341_110677_Numerical_File,_5-2500
Agency: Department of War
Incident date: 10/14/55
Incident location: Azerbaijan
Page 10
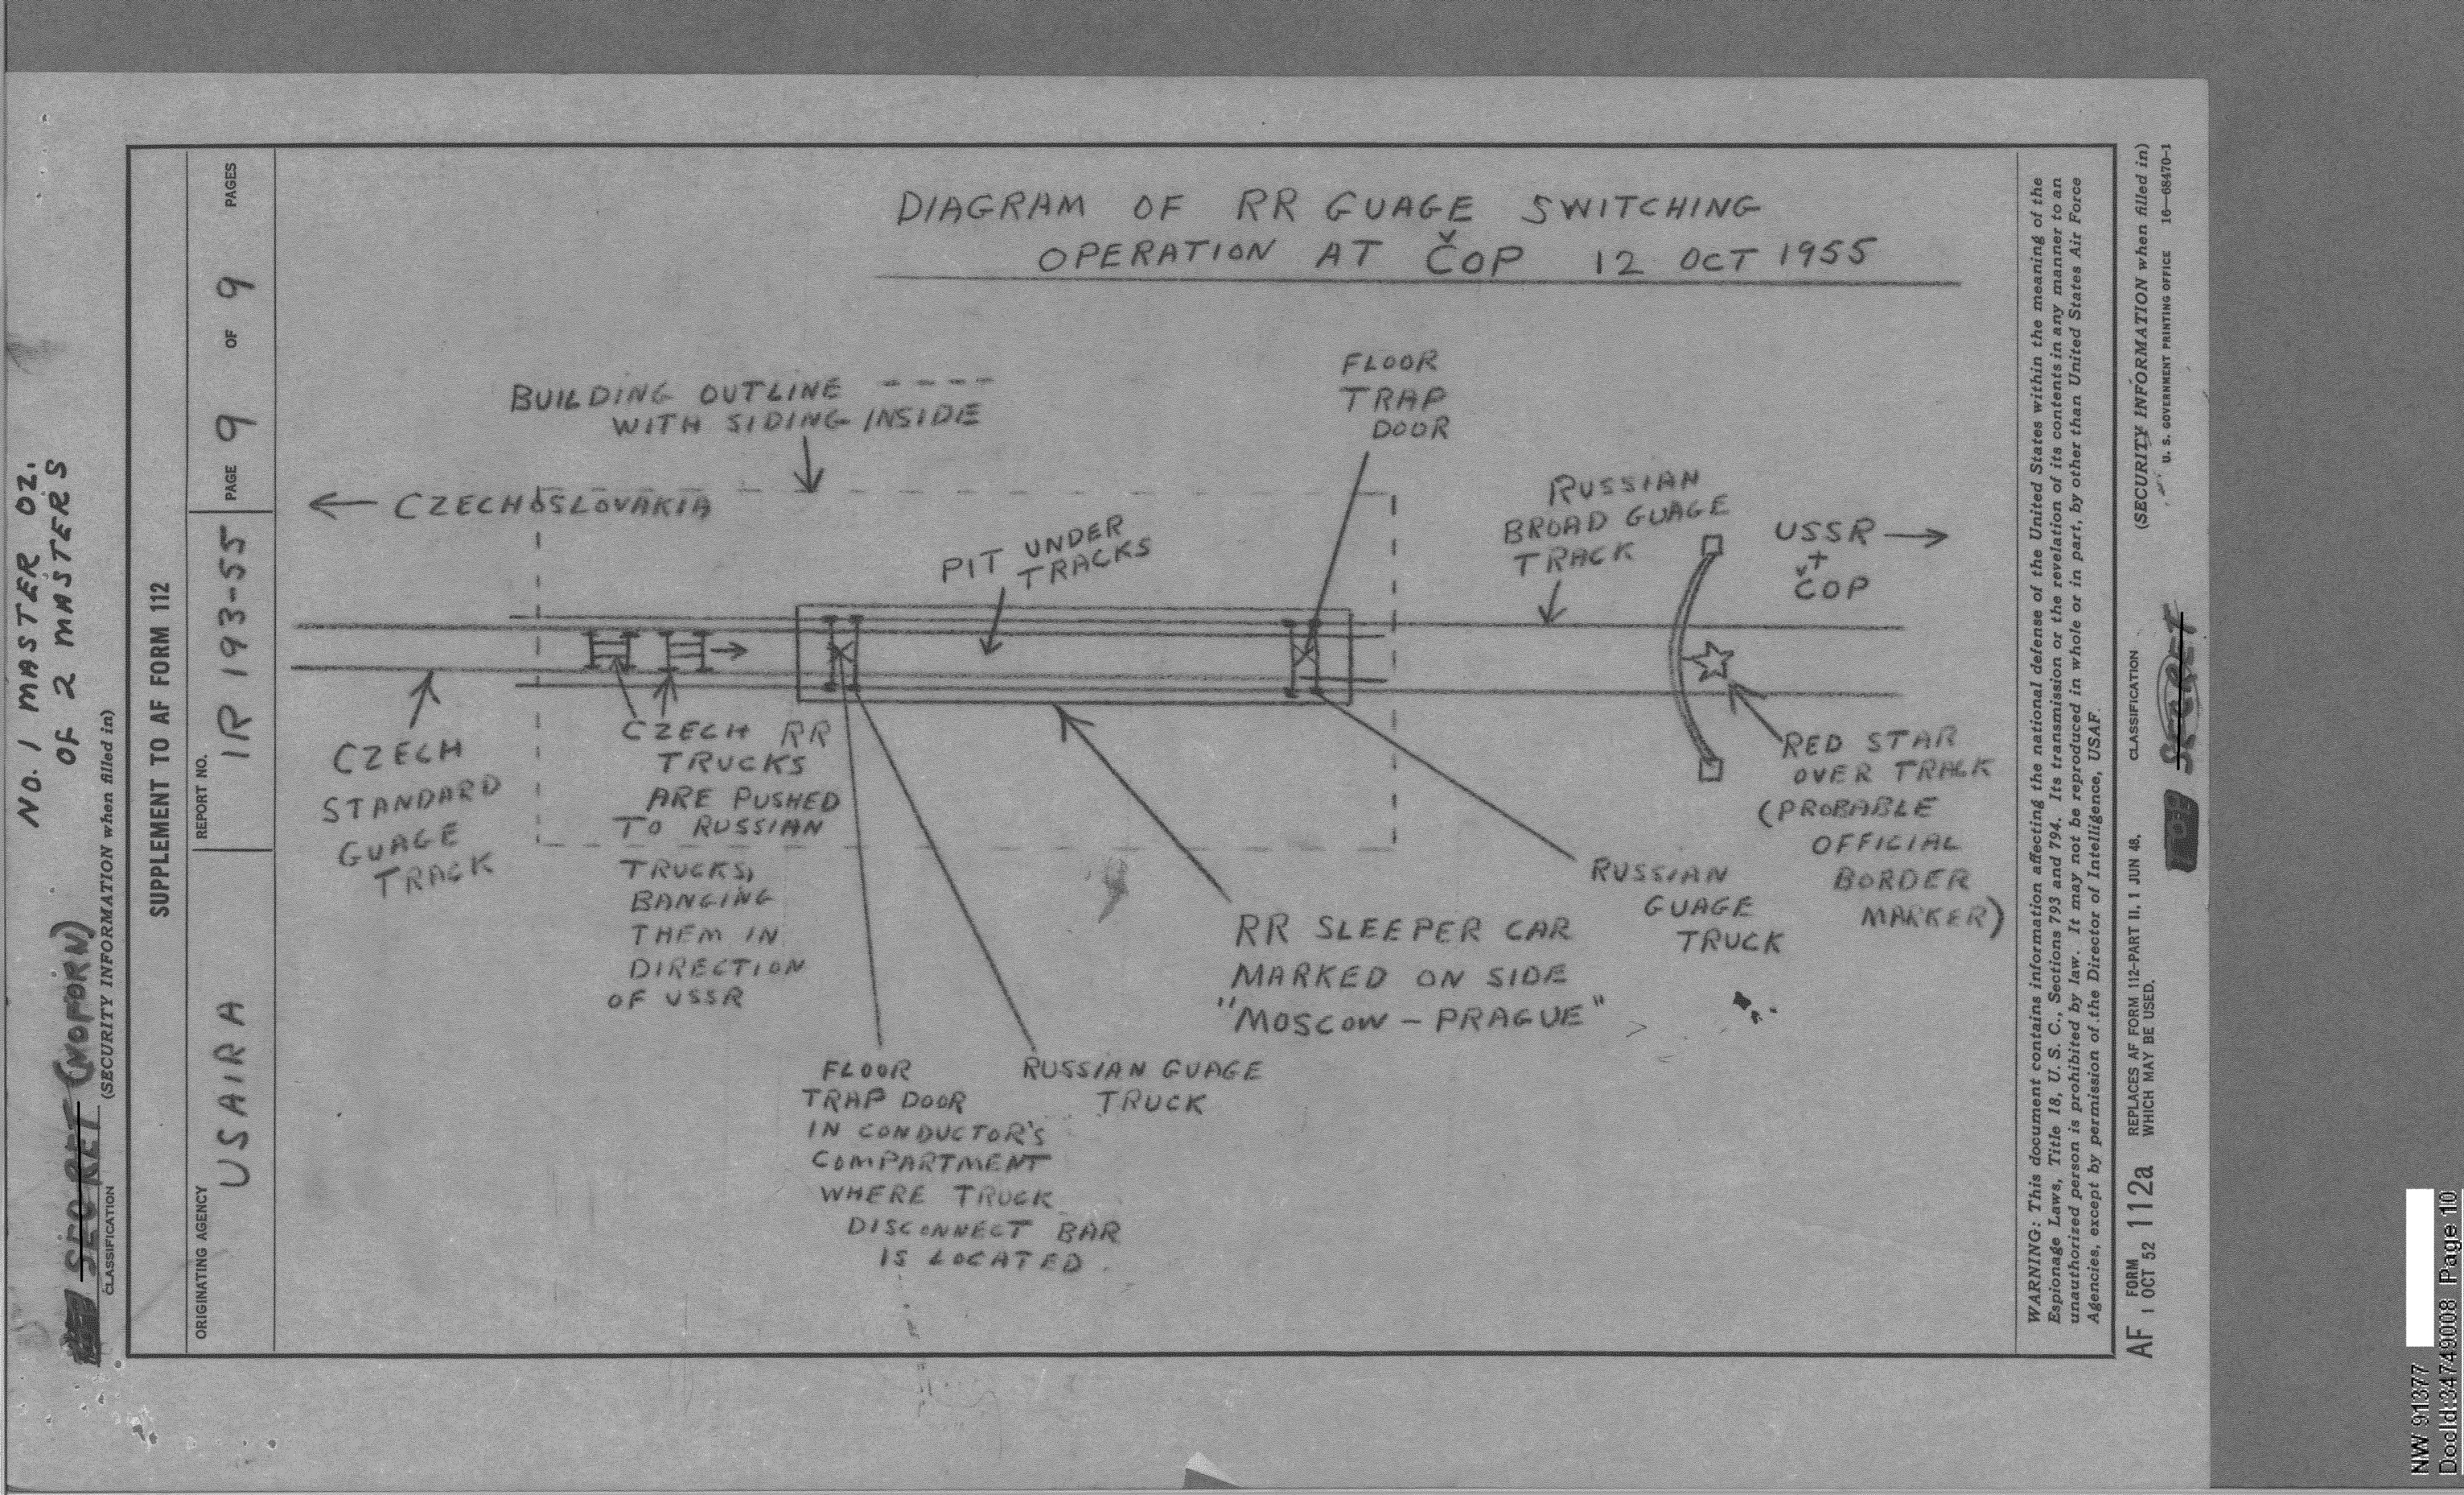